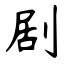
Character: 剧